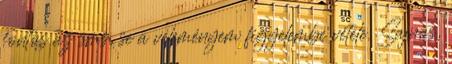
fontos az sms, se a véleményem figyelembe vétele. Sajnos,